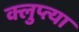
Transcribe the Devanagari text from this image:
क्लुप्त्या